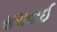
સચવાઈ